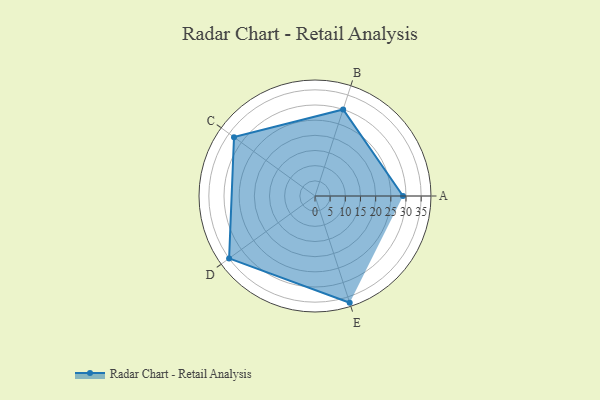
{"axis": {"x": "Skill", "y": "Score"}, "legend": ["Profile"], "data": [{"x": "A", "y": 29.0, "type": "Profile"}, {"x": "B", "y": 30.0, "type": "Profile"}, {"x": "C", "y": 33.0, "type": "Profile"}, {"x": "D", "y": 35.0, "type": "Profile"}, {"x": "E", "y": 37.0, "type": "Profile"}]}